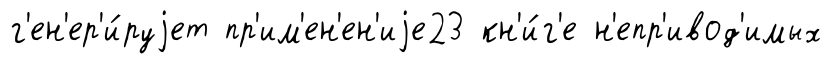
г'ен'ер'и́руjет пр'им'ен'ен'иjе23 кн'и́г'е н'епр'ивод'имых